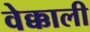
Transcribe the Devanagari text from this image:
वेक्काली